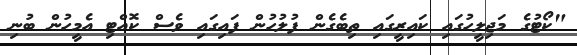
"ކޯޓުގެ މަޖިލީހުގައި ކައިރީގައި ތިބެގެން ފުލުހުން ފައިގައި ވެސް ކޮއްޓި އެމީހުން ބުނި